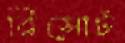
রিসোর্ট